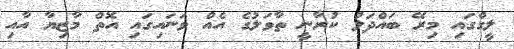
ލީގްގައި މިރޭ ބައްދަލު ކުރާނީ ތާވަލުގެ އެއް ވަނައިގައި އޮތް މާޒިޔާ އާއި